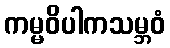
ကမ္မဝိပါကသမ္ဘဝံ